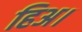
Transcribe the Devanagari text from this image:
हिअ।